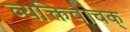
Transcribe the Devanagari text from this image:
व्यक्तिवाचक्